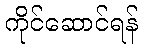
ကိုင်ဆောင်ရန်